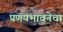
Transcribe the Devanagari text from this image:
प्रणयभावनेचा